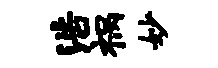
浩祸妙